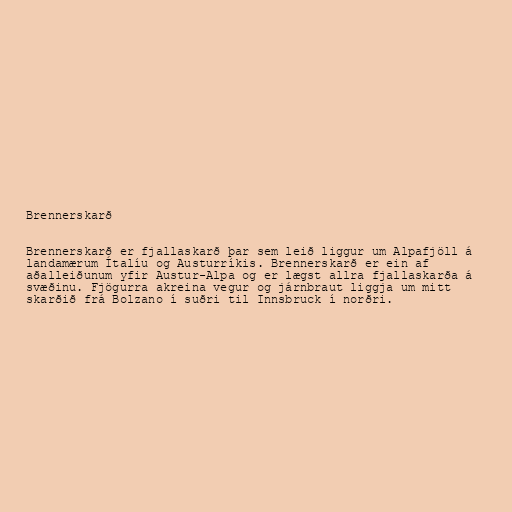
Brennerskarð

Brennerskarð er fjallaskarð þar sem leið liggur um Alpafjöll á
landamærum Ítalíu og Austurríkis. Brennerskarð er ein af
aðalleiðunum yfir Austur-Alpa og er lægst allra fjallaskarða á
svæðinu. Fjögurra akreina vegur og járnbraut liggja um mitt
skarðið frá Bolzano í suðri til Innsbruck í norðri.